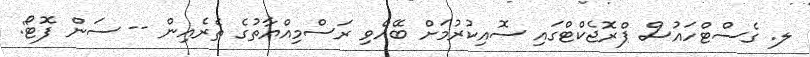
ލ. ގެސްޓްހައުސް ޕްރޮޖެކްޓްގައި ސޮއިކުރުމަށް ބޭއްވި ރަސްމިއްޔާތުގެ ތެރެއިން -- ސަން ފޮޓޯ: